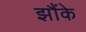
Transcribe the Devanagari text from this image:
झौंके